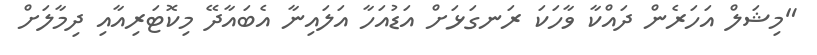
"މިޝަލް އަހަރެން ދައްކާ ވާހަކަ ރަނގަޅަށް އަޑުއަހާ އަލައިނާ އެބައާދޭ މިކޮޓަރިއާއި ދިމާލަށް